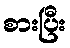
စားပြီး